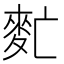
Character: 𪌁